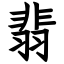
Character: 翡